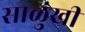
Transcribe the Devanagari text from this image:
साळुंखी